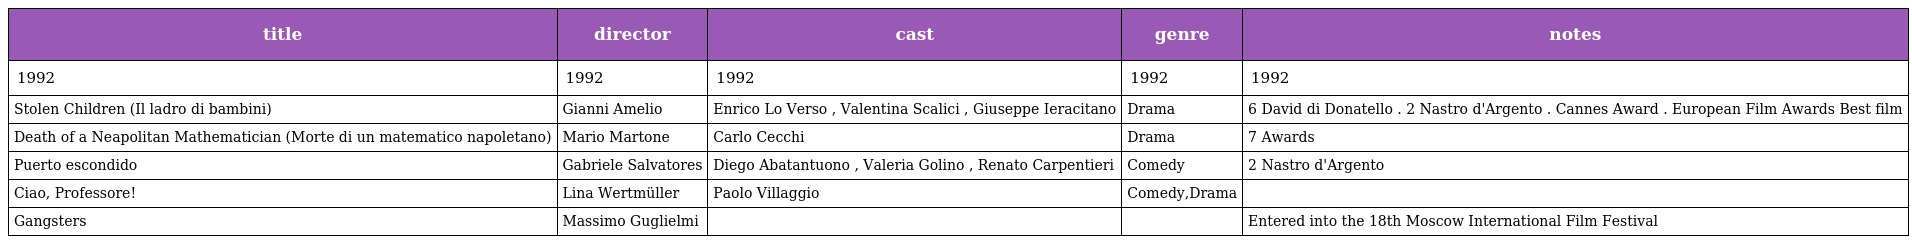
| title | director | cast | genre | notes |
 | --- | --- | --- | --- | --- |
 | 1992 | 1992 | 1992 | 1992 | 1992 |
 | Stolen Children (Il ladro di bambini) | Gianni Amelio | Enrico Lo Verso , Valentina Scalici , Giuseppe Ieracitano | Drama | 6 David di Donatello . 2 Nastro d'Argento . Cannes Award . European Film Awards Best film |
 | Death of a Neapolitan Mathematician (Morte di un matematico napoletano) | Mario Martone | Carlo Cecchi | Drama | 7 Awards |
 | Puerto escondido | Gabriele Salvatores | Diego Abatantuono , Valeria Golino , Renato Carpentieri | Comedy | 2 Nastro d'Argento |
 | Ciao, Professore! | Lina Wertmüller | Paolo Villaggio | Comedy,Drama |  |
 | Gangsters | Massimo Guglielmi |  |  | Entered into the 18th Moscow International Film Festival |